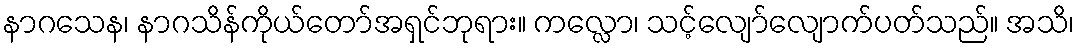
နာဂသေန၊ နာဂသိန်ကိုယ်တော်အရှင်ဘုရား။ ကလ္လော၊ သင့်လျော်လျောက်ပတ်သည်။ အသိ၊